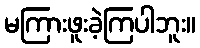
မကြားဖူးခဲ့ကြပါဘူး။